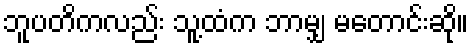
ဘူပတိကလည်း သူ့ထံက ဘာမျှ မတောင်းဆို။